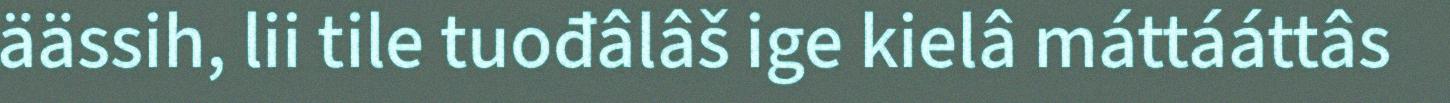
äässih, lii tile tuođâlâš ige kielâ máttááttâs